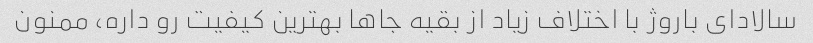
سالادای باروژ با اختلاف زیاد از بقیه جاها بهترین کیفیت رو داره، ممنون